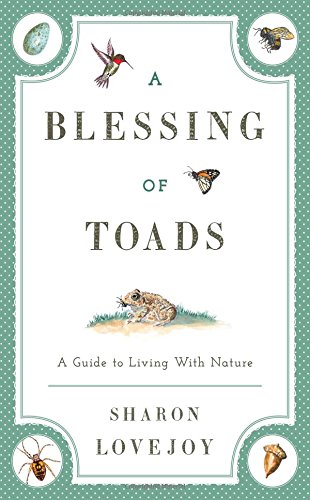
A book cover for A Blessing of Toads: A Guide to Living with Nature; Sharon Lovejoy; Crafts, Hobbies & Home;